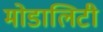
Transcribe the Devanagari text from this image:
मोडालिटी